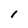
Character: 1